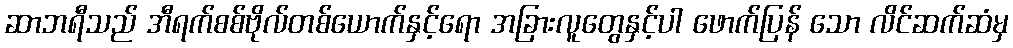
ဆာဘရီသည် အီရက်စစ်ဗိုလ်တစ်ယောက်နှင့်ရော အခြားလူတွေနှင့်ပါ ဖောက်ပြန် သော လိင်ဆက်ဆံမှ